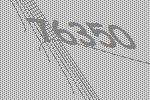
76350